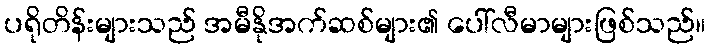
ပရိုတိန်းများသည် အမီနိုအက်ဆစ်များ၏ ပေါ်လီမာများဖြစ်သည်။